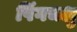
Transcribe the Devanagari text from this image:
पिंगचक्षु